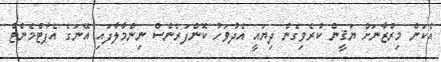
އެކަން މިރްޒާނަށް ޔަޤީން ކުރެވިގެން ދިޔައީ އެދުވަހު ކޮންފަރެންސް ނިންމާލާފައި އޭނަގެ އެޕާޓްމެންޓް